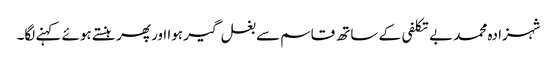
شہزادہ محمد بے تکلفی کے ساتھ قاسم سے بغل گیر ہوا ا ور پھر ہنستے ہوئے کہنے لگا۔